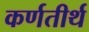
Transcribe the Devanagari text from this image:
कर्णतीर्थ